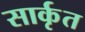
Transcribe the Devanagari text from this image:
सार्कृत